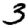
Digit: 3